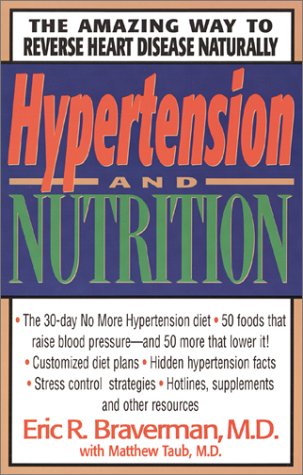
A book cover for Hypertension and Nutrition; Eric R. Braverman; Health, Fitness & Dieting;